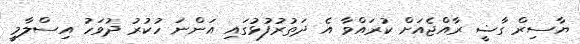
ޔާސިރް ގާޟީ ރާއްޖެއަށް ކުރައްވާ އެ ދަތުރުފުޅުގައި އަންނަ ހުކުރު ދުވަހު އިސްލާމީ